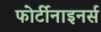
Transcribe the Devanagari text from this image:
फोर्टीनाइनर्स